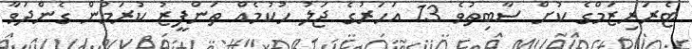
ޓެރަރިޒަމްގެ ކުށް ސާބިތުވެ 13 އަހަރުގެ ޖަލު ހުކުމެއް ތަންފީޒު ކުރަމުން ގެންދަވާ